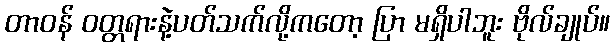
တာဝန် ဝတ္တရားနဲ့ပတ်သက်လို့ကတော့ ပြာ မရှိပါဘူး ဗိုလ်ချုပ်။